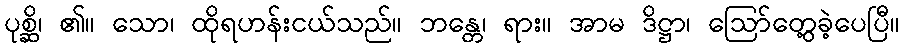
ပုစ္ဆိ၊ ၏။ သော၊ ထိုရဟန်းငယ်သည်။ ဘန္တေ၊ ရား။ အာမ ဒိဋ္ဌာ၊ ဩော်တွေ့ခဲ့ပေပြီ။